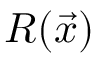
R ( \vec { x } )